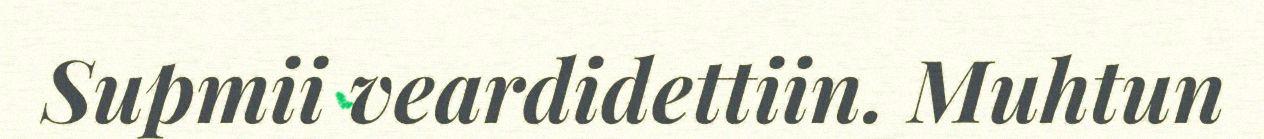
Supmii veardidettiin. Muhtun